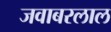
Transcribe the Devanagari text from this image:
जवाबरलाल